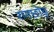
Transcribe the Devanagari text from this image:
रणछोङ्